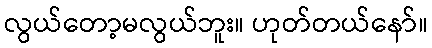
လွယ်တော့မလွယ်ဘူး။ ဟုတ်တယ်နော်။